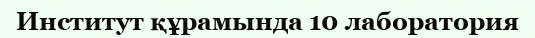
Институт құрамында 10 лаборатория